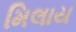
મિલાય